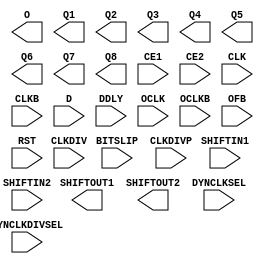
///////////////////////////////////////////////////////////////////////////////
// Copyright (c) 1995/2010 Xilinx, Inc.
// All Right Reserved.
///////////////////////////////////////////////////////////////////////////////
//   ____  ____
//  /   /\/   /
// /___/  \  /    Vendor : Xilinx
// \   \   \/     Version : 13.1
//  \   \         Description : Xilinx Formal Library Component
//  /   /                  Source Synchronous Input Deserializer for Virtex7
// /___/   /\     Filename : ISERDESE2.v
// \   \  /  \    Timestamp : Tue Jan 19 16:29:39 PST 2010
//  \___\/\___\
//
// Revision:
//    01/19/10 - Initial version.
// End Revision
`timescale 1 ps / 1 ps 

module ISERDESE2 (
  O,
  Q1,
  Q2,
  Q3,
  Q4,
  Q5,
  Q6,
  Q7,
  Q8,
  SHIFTOUT1,
  SHIFTOUT2,

  BITSLIP,
  CE1,
  CE2,
  CLK,
  CLKB,
  CLKDIV,
  CLKDIVP,
  D,
  DDLY,
  DYNCLKDIVSEL,
  DYNCLKSEL,
  OCLK,
  OCLKB,
  OFB,
  RST,
  SHIFTIN1,
  SHIFTIN2
);

  parameter DATA_RATE = "DDR";
  parameter integer DATA_WIDTH = 4;
  parameter DYN_CLKDIV_INV_EN = "FALSE";
  parameter DYN_CLK_INV_EN = "FALSE";
  parameter [0:0] INIT_Q1 = 1'b0;
  parameter [0:0] INIT_Q2 = 1'b0;
  parameter [0:0] INIT_Q3 = 1'b0;
  parameter [0:0] INIT_Q4 = 1'b0;
  parameter INTERFACE_TYPE = "MEMORY";
  parameter IOBDELAY = "NONE";
  parameter integer NUM_CE = 2;
  parameter OFB_USED = "FALSE";
  parameter SERDES_MODE = "MASTER";
  parameter [0:0] SRVAL_Q1 = 1'b0;
  parameter [0:0] SRVAL_Q2 = 1'b0;
  parameter [0:0] SRVAL_Q3 = 1'b0;
  parameter [0:0] SRVAL_Q4 = 1'b0;

  output O;
  output Q1;
  output Q2;
  output Q3;
  output Q4;
  output Q5;
  output Q6;
  output Q7;
  output Q8;
  output SHIFTOUT1;
  output SHIFTOUT2;

  input BITSLIP;
  input CE1;
  input CE2;
  input CLK;
  input CLKB;
  input CLKDIV;
  input CLKDIVP;
  input D;
  input DDLY;
  input DYNCLKDIVSEL;
  input DYNCLKSEL;
  input OCLK;
  input OCLKB;
  input OFB;
  input RST;
  input SHIFTIN1;
  input SHIFTIN2;
  
 endmodule